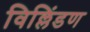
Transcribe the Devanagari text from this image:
विल्लिंडण